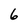
Character: 6